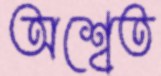
অশ্বেত